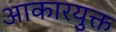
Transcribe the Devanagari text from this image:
आकारयुक्त